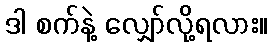
ဒါ စက်နဲ့ လျှော်လို့ရလား။